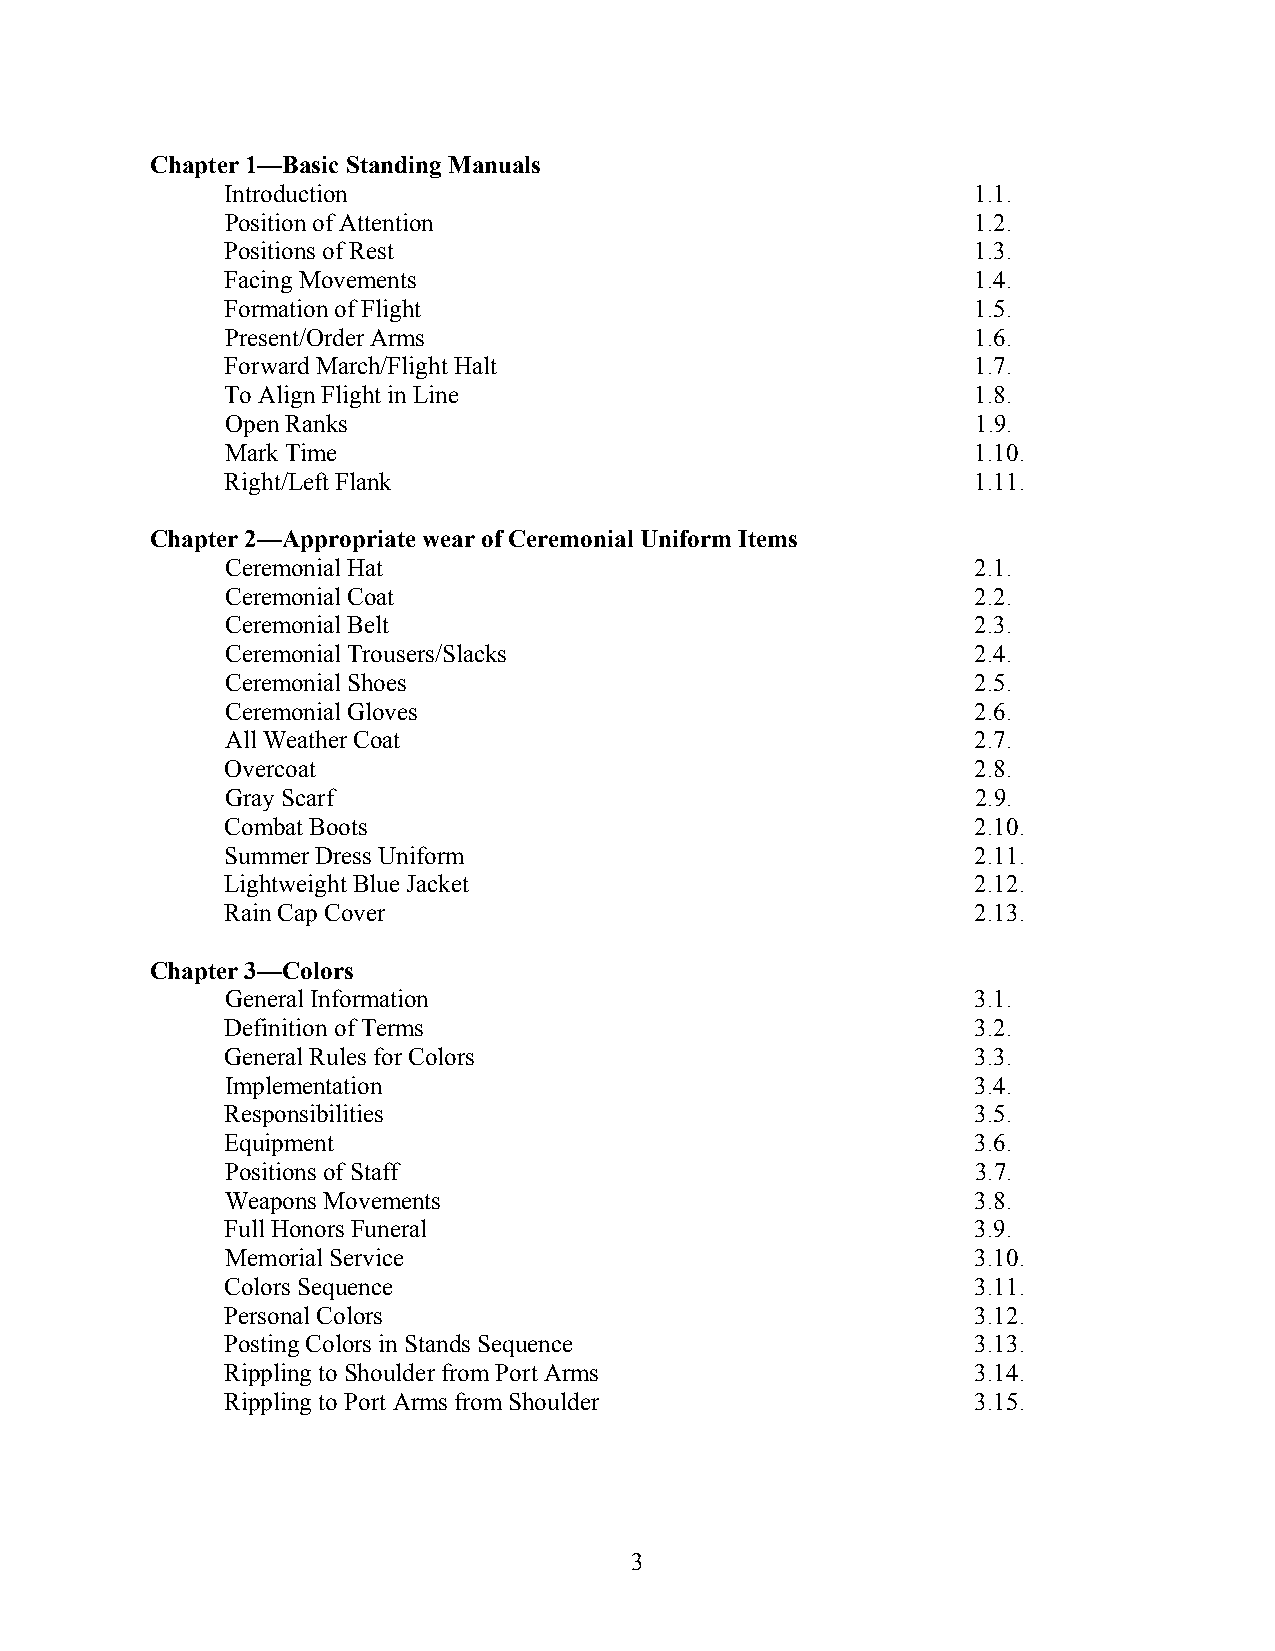
Chapter 1—Basic Standing Manuals
 Introduction                                      1.1.
 Position of Attention                             1.2.
 Positions of Rest                                 1.3.
 Facing Movements                                  1.4.
 Formation of Flight                               1.5.
 Present/Order Arms                                1.6.
 Forward March/Flight Halt                         1.7.
 To Align Flight in Line                           1.8.
 Open Ranks                                        1.9.
 Mark Time                                         1.10.
 Right/Left Flank                                  1.11.
 Chapter 2—Appropriate wear of Ceremonial Uniform Items
 Ceremonial Hat                                    2.1.
 Ceremonial Coat                                   2.2.
 Ceremonial Belt                                   2.3.
 Ceremonial Trousers/Slacks                        2.4.
 Ceremonial Shoes                                  2.5.
 Ceremonial Gloves                                 2.6.
 All Weather Coat                                  2.7.
 Overcoat                                          2.8.
 Gray Scarf                                        2.9.
 Combat Boots                                      2.10.
 Summer Dress Uniform                              2.11.
 Lightweight Blue Jacket                           2.12.
 Rain Cap Cover                                    2.13.
 Chapter 3—Colors
 General Information                               3.1.
 Definition of Terms                               3.2.
 General Rules for Colors                          3.3.
 Implementation                                    3.4.
 Responsibilities                                  3.5.
 Equipment                                         3.6.
 Positions of Staff                                3.7.
 Weapons Movements                                 3.8.
 Full Honors Funeral                               3.9.
 Memorial Service                                  3.10.
 Colors Sequence                                   3.11.
 Personal Colors                                   3.12.
 Posting Colors in Stands Sequence                 3.13.
 Rippling to Shoulder from Port Arms               3.14.
 Rippling to Port Arms from Shoulder               3.15.
 3